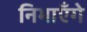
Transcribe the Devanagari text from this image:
निभाएँगे